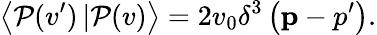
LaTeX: \left<{\cal P}(v^{\prime})\left|\right.{\cal P}(v)\right>=2v_{0}\delta^{3}\left({\mathbf p-p^{\prime}}\right).